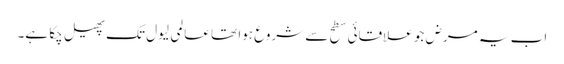
اب یہ مرض جو علاقائی سطح سے شروع ہوا تھا عالمی لیول تک پھیل چکا ہے۔